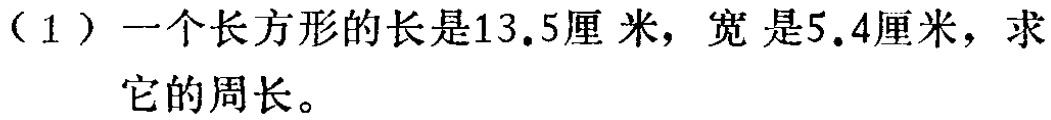
（1）一个长方形的长是13.5厘米，宽是5.4厘米，求它的周长。